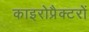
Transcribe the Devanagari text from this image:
काइरोप्रैक्टरों